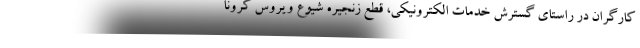
کارگران در راستای گسترش خدمات الکترونیکی، قطع زنجیره شیوع ویروس کرونا